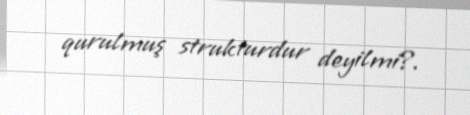
qurulmuş strukturdur deyilmi?.